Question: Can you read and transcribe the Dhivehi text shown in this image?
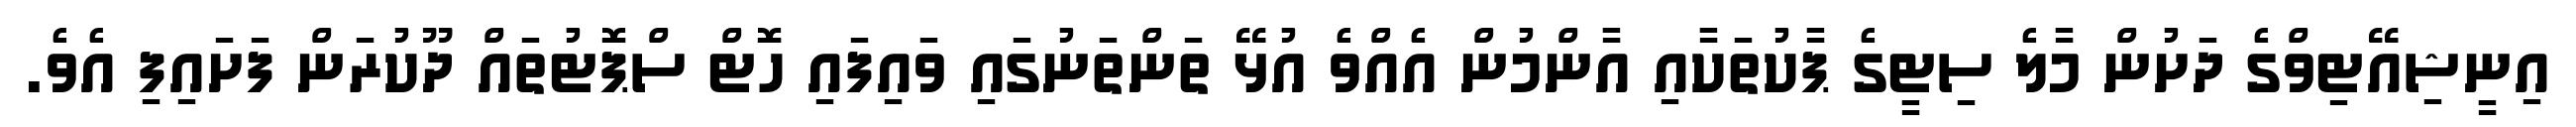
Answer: އިނީޝިއޭޓިވްގެ ދަށުން މާލެ ސިޓީގެ ޕާކުތަކާއި އާންމުން އެއްވެ އުޅޭ ތަންތަނުގައި ވައިފައި ހޮޓް ސްޕޮޓުތައް ދޫކުރަން ފަށައިފި އެވެ.